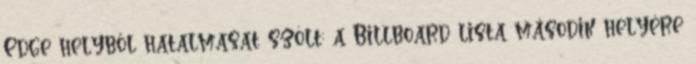
Edge helyből hatalmasat szólt: a Billboard lista második helyére